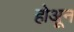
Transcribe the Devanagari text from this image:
होअून